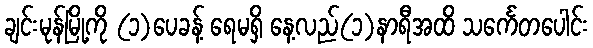
ချင်းမုန်မြို့ကို (၁)ပေခန့် ရေမရှိ နေ့လည်(၁)နာရီအထိ သင်္ကေတပေါင်း